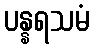
ပန္နရသမံ